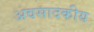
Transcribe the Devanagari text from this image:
अवसादकीय